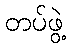
တပ်ဖွဲ့